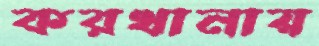
করখানায়